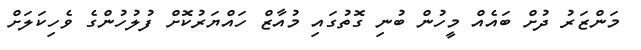
މަންޒަރު ދުށް ބައެއް މީހުން ބުނި ގޮތުގައި މުއާޒް ހައްޔަރުކޮށް ފުލުހުންގެ ވެހިކަލަށް